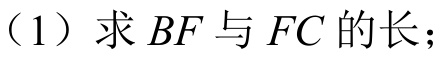
（1）求 \(BF\) 与 \(FC\) 的长；